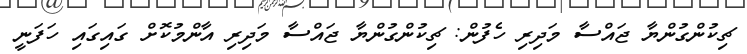
ޗިކުންގުންޔާ ޖައްސާ މަދިރި ހެފުން: ޗިކުންގުންޔާ ޖައްސާ މަދިރި އާންމުކޮށް ގައިގައި ހަފަނީ